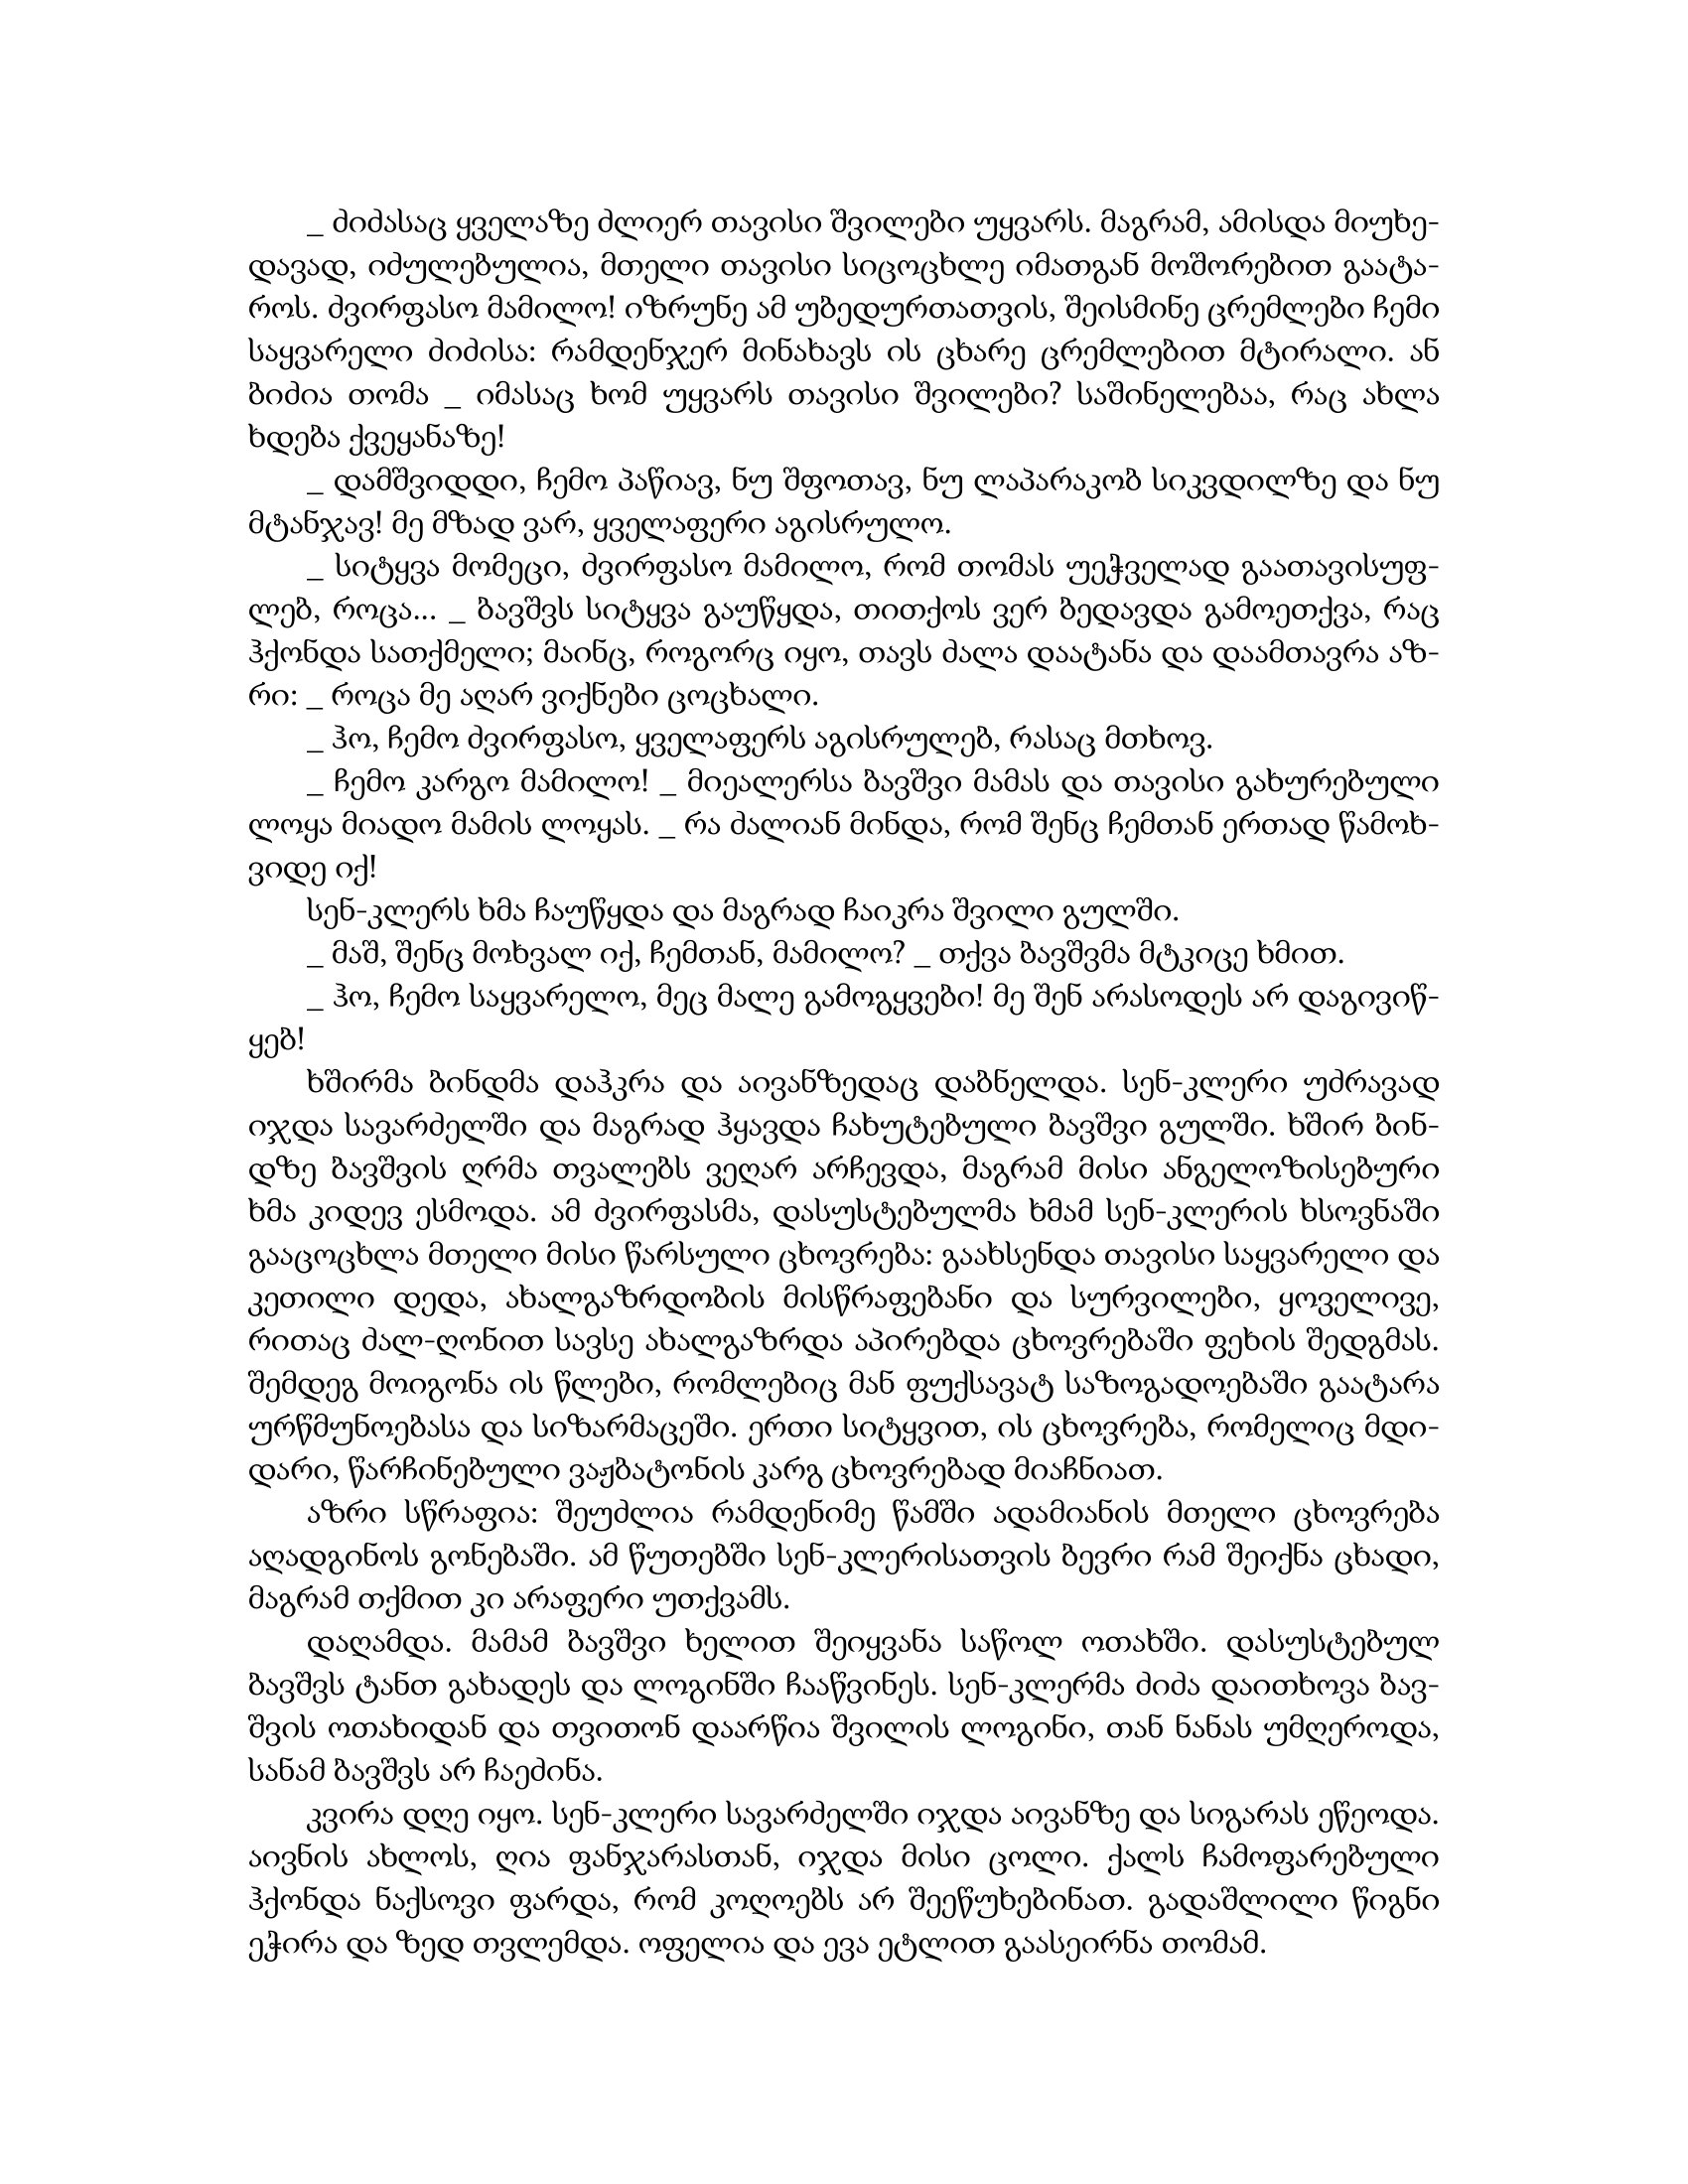
Language: gr